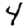
Digit: 4